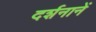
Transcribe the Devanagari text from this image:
दर्शनानें